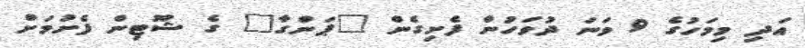
އަދި މިމަހުގެ 9 ވަނަ ދުވަހުން ފެށިގެން "ޕަންގާ" ގެ ޝޫޓިން ފެށުމަށް